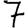
Digit: 7